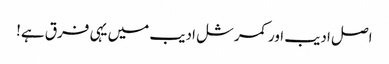
اصل ادیب اور کمرشل ادیب میں یہی فرق ہے!